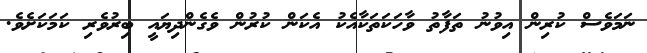
ނަމަވެސް ކުރިން އިވުނު ތަފާތު ވާހަކަތަކާއެކު އެކަން ކުރުން ވެެގެންދިޔައީ ބިރުވެރި ކަމަކަށެވެ.